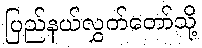
ပြည်နယ်လွှတ်တော်သို့